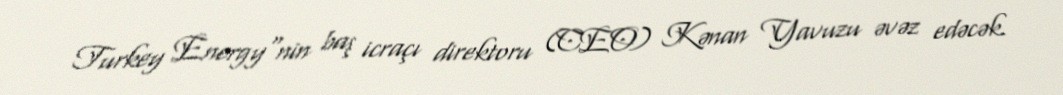
Turkey Energy"nin baş icraçı direktoru (CEO) Kənan Yavuzu əvəz edəcək.